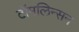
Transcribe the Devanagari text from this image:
टॉमलिन्सन